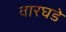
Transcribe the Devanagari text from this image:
वारघडे